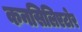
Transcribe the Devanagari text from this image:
कनसिलिएटोर